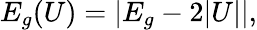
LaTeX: E_{g}(U)=\left|E_{g}-2|U|\right|,